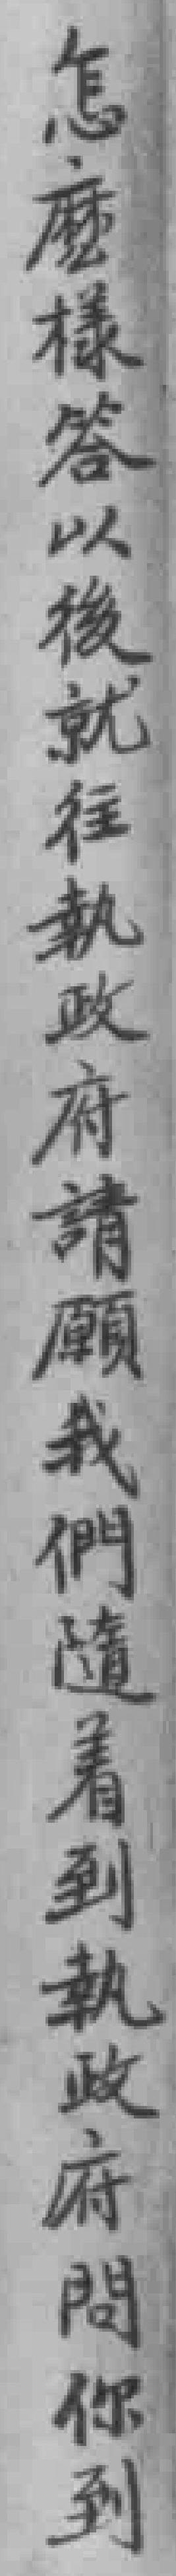
怎麼樣答以後就往執政府請願我們隨着到執政府問你到